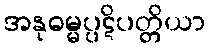
အနုဓမ္မပ္ပဋိပတ္တိယာ